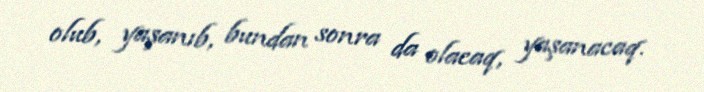
olub, yaşanıb, bundan sonra da olacaq, yaşanacaq.